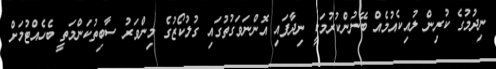
ނިދުމުގެ ކުރިން ލުއިކެއުމެއް ބޭނުންކުރުމަކީ ނިދާފައި އޮންނަވަގުތުގައި ގުލުކޯޒުގެ މިންވަރު ސާބިތުކަންމަތީ ބެހެއްޓުމަށް